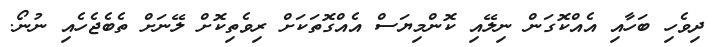
ދިވެހި ބަހާއި އެއްކޮގަން ނިލޭއި ކޮންމިޔަސް އެއްގޮތަކަށް ރިވެތިކޮށް ލޭނަށް ތެބެޖެހެއި ނުނޯ.